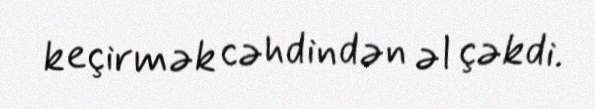
keçirmək cəhdindən əl çəkdi.